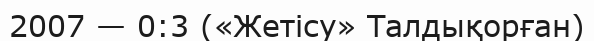
2007 — 0:3 («Жетісу» Талдықорған)